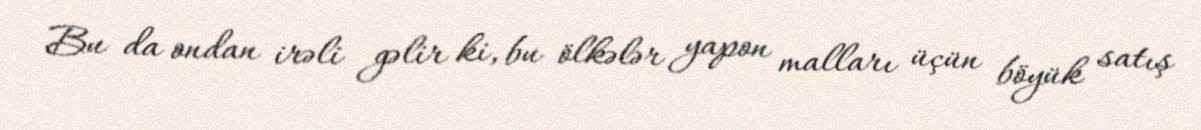
Bu da ondan irəli gəlir ki, bu ölkələr yapon malları üçün böyük satış